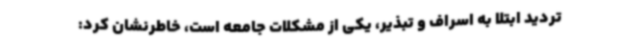
‌تردید ابتلا به اسراف و تبذیر، یکی از مشکلات جامعه است، خاطرنشان کرد: